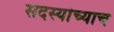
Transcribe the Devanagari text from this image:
सदस्यांच्याच